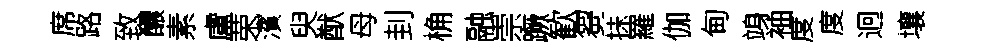
席路致醲素盧荣濱臾猷母刲桷融崇蹶歓芻抺羅伽甸竧袖度度迥壤